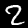
Label: 2